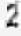
2